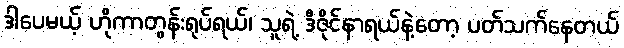
ဒါပေမယ့် ဟိုကာတွန်းရုပ်ရယ်၊ သူရဲ့ ဒီဇိုင်နာရယ်နဲ့တော့ ပတ်သက်နေတယ်